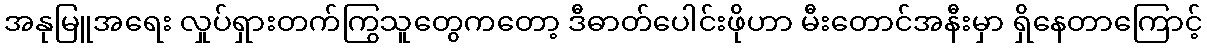
အနုမြူအရေး လှုပ်ရှားတက်ကြွသူတွေကတော့ ဒီဓာတ်ပေါင်းဖိုဟာ မီးတောင်အနီးမှာ ရှိနေတာကြောင့်